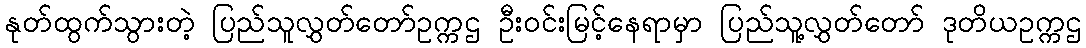
နုတ်ထွက်သွားတဲ့ ပြည်သူလွှတ်တော်ဥက္ကဌ ဦးဝင်းမြင့်နေရာမှာ ပြည်သူ့လွှတ်တော် ဒုတိယဥက္ကဌ